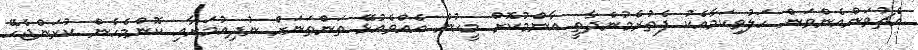
އެޗުވަންއެންވަން ހަލުވިކަމާއެކު ފެތުރެމުންދާތީ އާންމުކޮށް މީހުން އެއްވެއުޅޭ ތަންތަނަށް ނުދިއުމަށާއި ކޮންމެހެން ކުރަންޖެހޭ